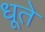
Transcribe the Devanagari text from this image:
धूते